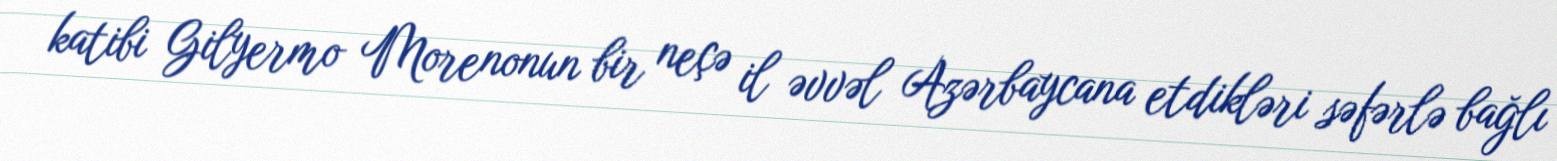
katibi Gilyermo Morenonun bir neçə il əvvəl Azərbaycana etdikləri səfərlə bağlı